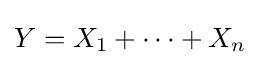
Y=X_{1}+\cdots +X_{n}